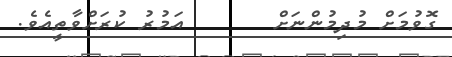
ގޮވުމަށް މުދިމުންނަށް       އަމުރު ކުރަށްވާތީއެވެ.